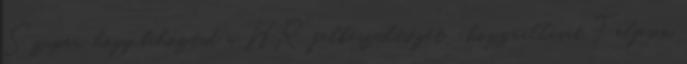
Szuper, hogy behoztad a HR felkészültségét hozzáállását Teljesen